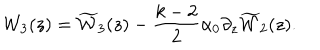
{ { \cal W } _ { 3 } ( z ) } = { \widetilde { \cal W } _ { 3 } ( z ) } - \frac { k - 2 } { 2 } \alpha _ { 0 } \partial _ { z } { \widetilde { \cal W } _ { 2 } ( z ) } .